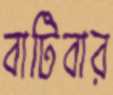
বাটিবার